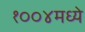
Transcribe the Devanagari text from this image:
१००४मध्ये